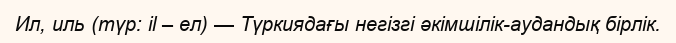
Ил, иль (түр: il – ел) — Түркиядағы негізгі әкімшілік-аудандық бірлік.